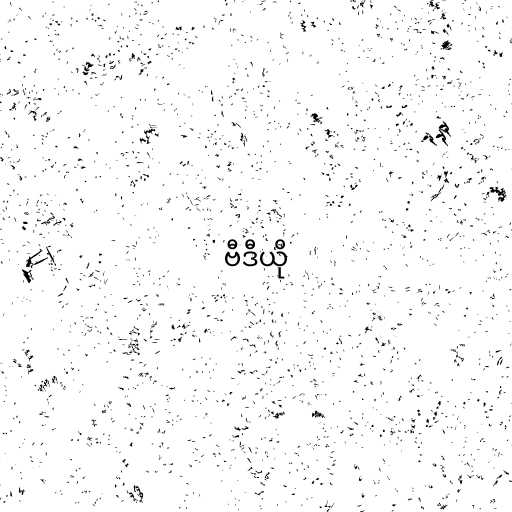
ဗီဒီယို